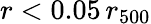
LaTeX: r<0.05\, r_{500}